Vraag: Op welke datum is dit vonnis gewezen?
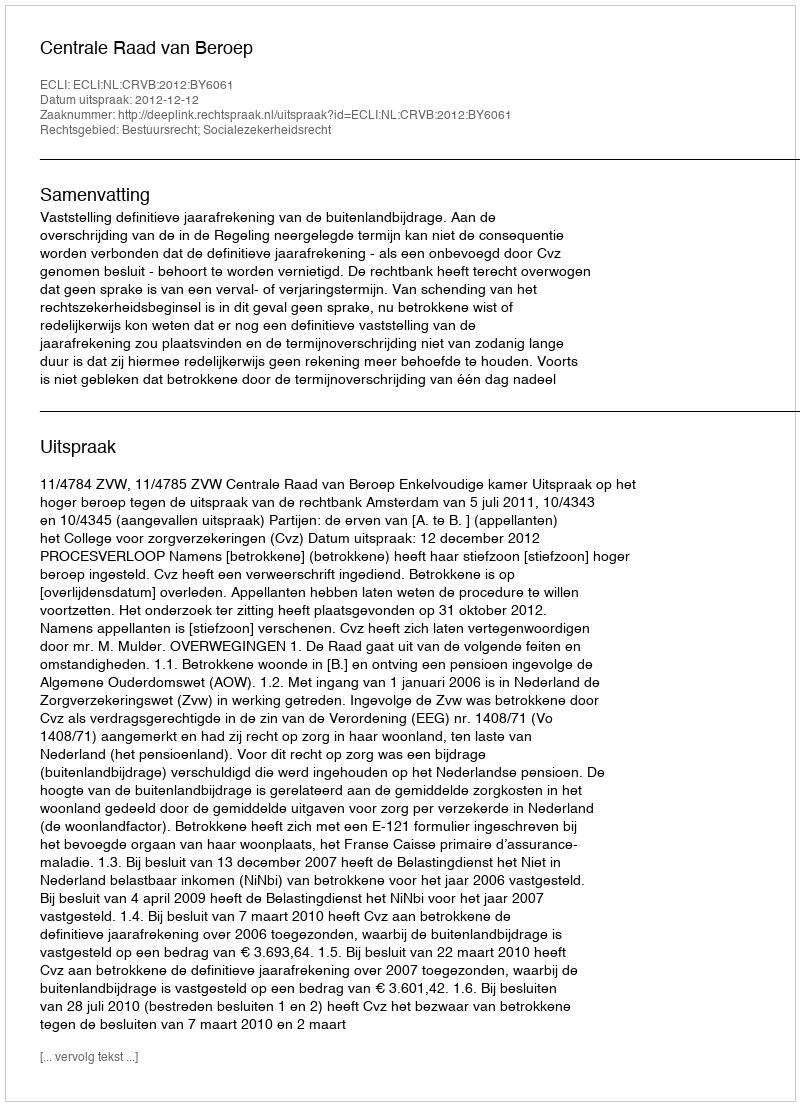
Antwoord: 2012-12-12